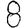
Digit: 8